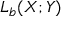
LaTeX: L _ { b } ( X ; Y )